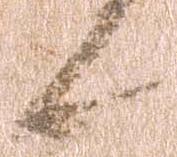
候